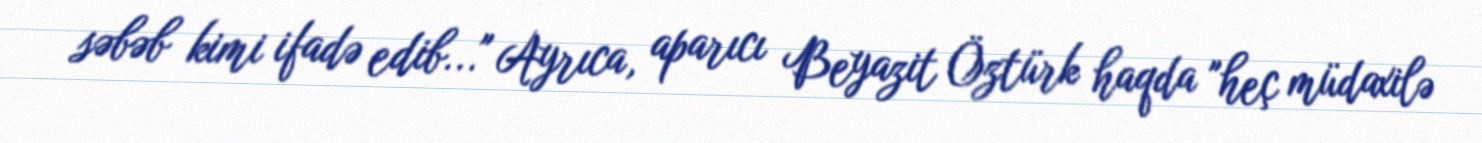
səbəb kimi ifadə edib..." Ayrıca, aparıcı Beyazit Öztürk haqda "heç müdaxilə